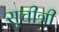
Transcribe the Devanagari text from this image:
सुचीत्री